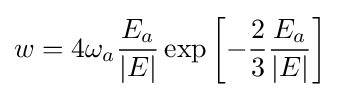
w=4\omega _{a}{\frac {E_{a}}{\left|E\right|}}\exp \left[-{\frac {2}{3}}{\frac {E_{a}}{\left|E\right|}}\right]